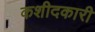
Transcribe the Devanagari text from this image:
कशीदकारी